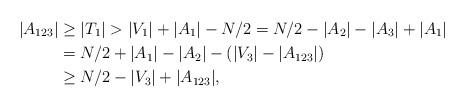
LaTeX: \begin{align*}|A_{123}|&\ge |T_1|> |V_1|+|A_1|-N/2=N/2-|A_2|-|A_3|+ |A_1|\\&=N/2+|A_1|-|A_2|-(|V_3|-|A_{123}|)\\&\ge N/2-|V_3|+ |A_{123}|,\end{align*}